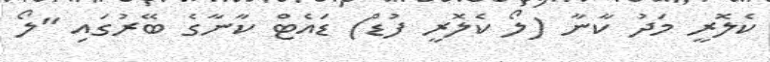
ކެލޮރީ މަދު ކާނާ (ލޯ ކެލޮރީ ފުޑް) ޑައެޓް ކާނާގެ ބޭރުގައި "ލޯ